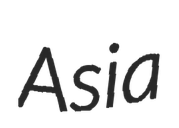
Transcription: Asia